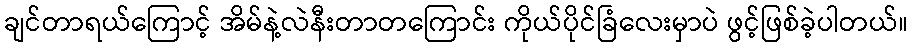
ချင်တာရယ်ကြောင့် အိမ်နဲ့လဲနီးတာတကြောင်း ကိုယ်ပိုင်ခြံလေးမှာပဲ ဖွင့်ဖြစ်ခဲ့ပါတယ်။